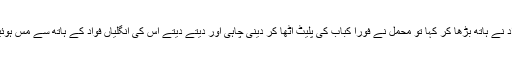
فواد نے ہاتھ بڑھا کر کہا تو محمل نے فوراً کباب کی پلیٹ اٹھا کر دینی چاہی اور دیتے دیتے اس کی انگلیاں فواد کے ہاتھ سے مس ہوئیں۔